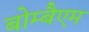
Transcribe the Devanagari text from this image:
बोम्बैएम